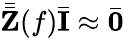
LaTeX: \bar{\bar{\mathbf{Z}}}(f)\bar{\mathbf{I}}\approx\bar{\mathbf{0}}